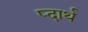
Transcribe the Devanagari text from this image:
प्दार्थ